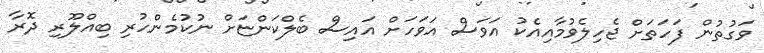
ވަގުތުން ފަހަތަށް ޖެހިލެވުމާއިއެކު އަވަސް އަވަހަށް އައިސް ބެލްކަންޏަށް ނުކުމެންހުރި ބިއްލޫރި ދޮރާ